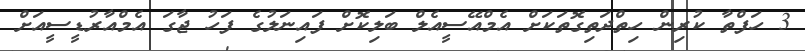
3 ހަފްތާ ކުރިން ހިތްދަތިގޮތަކަށް އެމްއޭސީއެލް ބަލިކޮށް ފައިނަލުގެ ފަހު ޖާގަ އެމްއާރުޑީސީއަށް